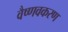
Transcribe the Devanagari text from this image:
वैष्णवकरण